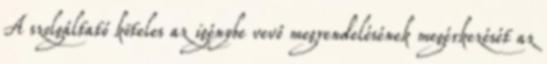
A szolgáltató köteles az igénybe vevő megrendelésének megérkezését az